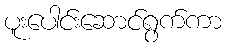
ပူးပေါင်းဆောင်ရွက်ကာ